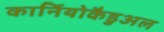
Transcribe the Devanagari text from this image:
कार्नियोकैडुअल